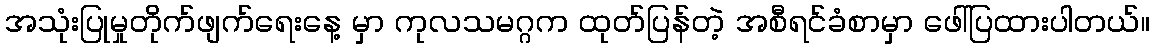
အသုံးပြုမှုတိုက်ဖျက်ရေးနေ့ မှာ ကုလသမဂ္ဂက ထုတ်ပြန်တဲ့ အစီရင်ခံစာမှာ ဖေါ်ပြထားပါတယ်။